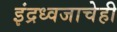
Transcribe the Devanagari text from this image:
इंद्रध्वजाचेही